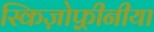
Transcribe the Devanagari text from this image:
स्किज़ोफ़्रीनीया